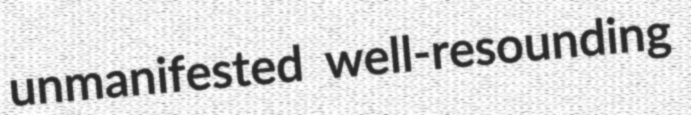
unmanifested well-resounding